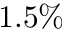
1 . 5 \%